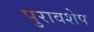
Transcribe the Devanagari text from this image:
पुरावशेप